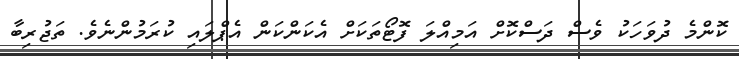
ކޮންމެ ދުވަހަކު ވެސް ދަސްކޮށް އަމިއްލަ ފޮޓޯތަކަށް އެކަންކަން އެޕްލައި ކުރަމުންނެވެ. ތަޖުރިބާ